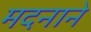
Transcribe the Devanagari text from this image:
मदनाने